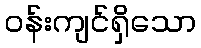
ဝန်းကျင်ရှိသော